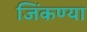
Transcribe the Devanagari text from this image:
जिंकण्या